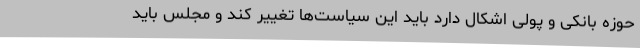
حوزه بانکی و پولی اشکال دارد باید این سیاست‌ها تغییر کند و مجلس باید